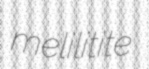
melilitite